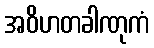
အဝိဟတခါဏုကံ